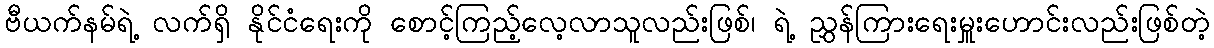
ဗီယက်နမ်ရဲ့ လက်ရှိ နိုင်ငံရေးကို စောင့်ကြည့်လေ့လာသူလည်းဖြစ်၊ ရဲ့ ညွှန်ကြားရေးမှူးဟောင်းလည်းဖြစ်တဲ့